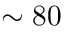
\sim 8 0